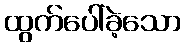
ထွက်ပေါ်ခဲ့သော